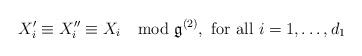
LaTeX: \begin{align*} X'_i\equiv X_i''\equiv X_i \mod \mathfrak g^{(2)}, \text{ for all } i=1,\dots, d_1 \end{align*}